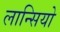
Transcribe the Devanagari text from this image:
लान्सियो